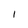
Character: l